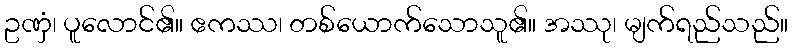
ဥဏှံ၊ ပူလောင်၏။ ဧကဿ၊ တစ်ယောက်သောသူ၏။ အဿု၊ မျက်ရည်သည်။